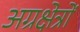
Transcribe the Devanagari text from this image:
अग्रक्षेत्रों